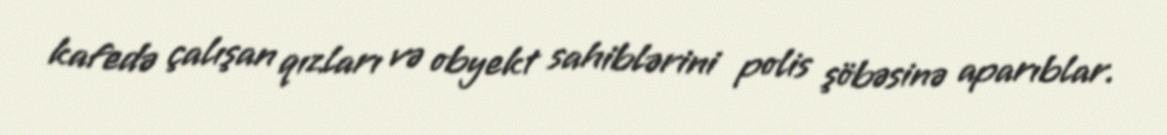
kafedə çalışan qızları və obyekt sahiblərini polis şöbəsinə aparıblar.